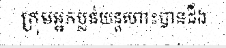
ក្រុមអ្នកប្លន់យន្តហោះបានដឹង